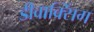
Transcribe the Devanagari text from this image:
डीवाक्सिंग